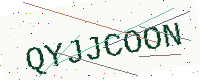
Text: QYJJCOON